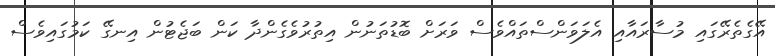
އޭގެތެރޭގައި މުސާރައާއި އެލަވަންސްތައްވެސް ވަރަށް ބޮޑުތަނުން އިތުރުވެގެންދާ ކަން ބަޖެޓުން އިނގޭ ކަމުގައިވެސް